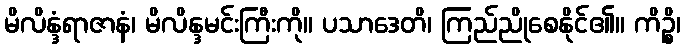
မိလိန္ဒံရာဇာနံ၊ မိလိန္ဒမင်းကြီးကို။ ပသာဒေတိ၊ ကြည်ညိုစေနိုင်၏။ ကိဉ္စိ၊